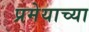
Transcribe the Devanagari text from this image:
प्रमेयाच्या